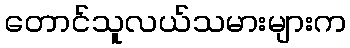
တောင်သူလယ်သမားများက